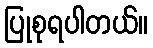
ပြုစုရပါတယ်။